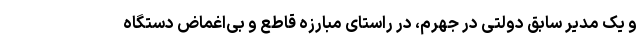
و یک مدیر سابق دولتی در جهرم، در راستای مبارزه قاطع و بی‌اغماض دستگاه